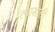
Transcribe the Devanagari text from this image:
त्‍यासाली